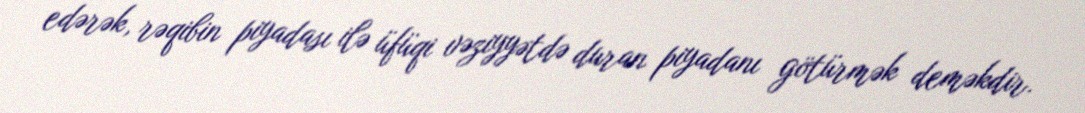
edərək, rəqibin piyadası ilə üfüqi vəziyyətdə duran piyadanı götürmək deməkdir.